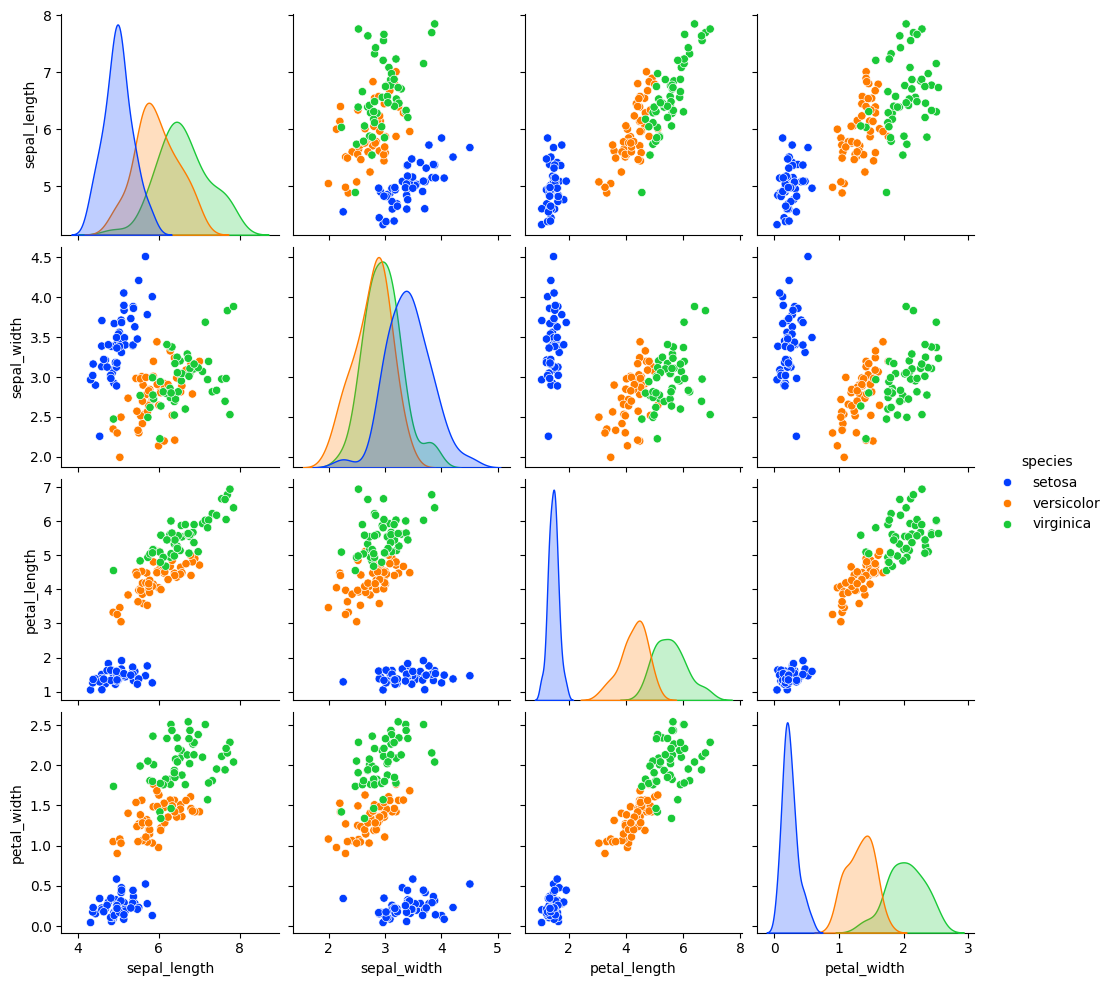
python, seaborn, pairplot, palette='bright', markers=['o'], kind='scatter', diag_kind='kde'